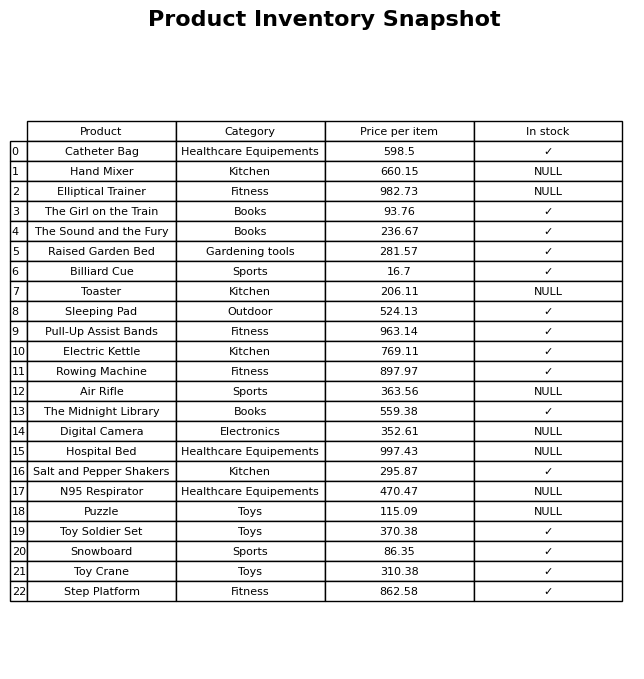
question: What is the price of the Salt and Pepper Shakers?
answer: The price of Salt and Pepper Shakers is 295.87.